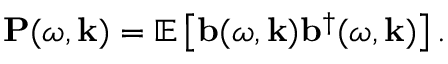
\mathbf { P } ( \omega , \mathbf { k } ) = \mathbb { E } \left[ \mathbf { b } ( \omega , \mathbf { k } ) \mathbf { b } ^ { \dagger } ( \omega , \mathbf { k } ) \right] .